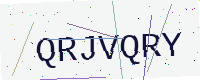
Text: QRJVQRY